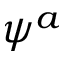
\psi ^ { a }